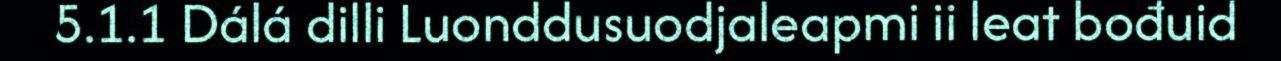
5.1.1 Dálá dilli Luonddusuodjaleapmi ii leat bođuid